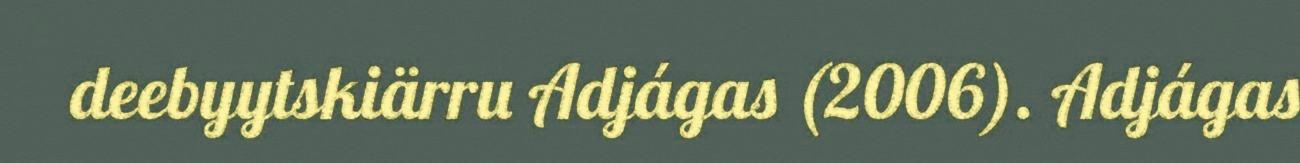
deebyytskiärru Adjágas (2006). Adjágas